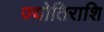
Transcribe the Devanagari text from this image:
ज्योतिराशि